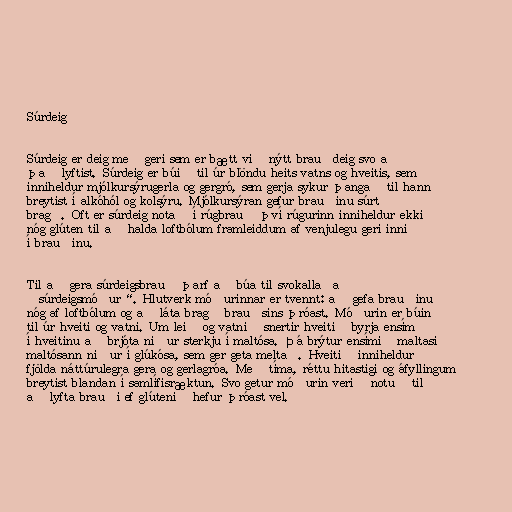
Súrdeig

Súrdeig er deig með geri sem er bætt við nýtt brauðdeig svo að
það lyftist. Súrdeig er búið til úr blöndu heits vatns og hveitis, sem
inniheldur mjólkursýrugerla og gergró, sem gerja sykur þangað til hann
breytist í alkóhól og kolsýru. Mjólkursýran gefur brauðinu súrt
bragð. Oft er súrdeig notað í rúgbrauð því rúgurinn inniheldur ekki
nóg glúten til að halda loftbólum framleiddum af venjulegu geri inni
í brauðinu.

Til að gera súrdeigsbrauð þarf að búa til svokallaða
„súrdeigsmóður“. Hlutverk móðurinnar er tvennt: að gefa brauðinu
nóg af loftbólum og að láta bragð brauðsins þróast. Móðurin er búin
til úr hveiti og vatni. Um leið og vatnið snertir hveitið byrja ensím
í hveitinu að brjóta niður sterkju í maltósa. Þá brýtur ensímið maltasi
maltósann niður í glúkósa, sem ger geta meltað. Hveitið inniheldur
fjölda náttúrulegra gera og gerlagróa. Með tíma, réttu hitastigi og áfyllingum
breytist blandan í samlífisræktun. Svo getur móðurin verið notuð til
að lyfta brauði ef glútenið hefur þróast vel.